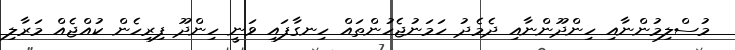
މުސްލިމުންނާއި ހިންދޫންނާއި ދެމެދު ހަމަނުޖެހުންތައް ހިނގާފައި ވަނީ ހިންދޫ ފިރިހެން ކުއްޖެއް މަރާލި